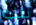
تلك